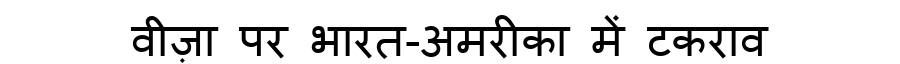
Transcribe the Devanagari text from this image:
वीज़ा पर भारत-अमरीका में टकराव